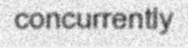
concurrently